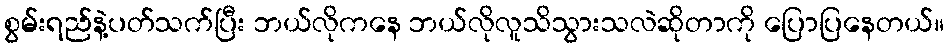
စွမ်းရည်နဲ့ပတ်သက်ပြီး ဘယ်လိုကနေ ဘယ်လိုလူသိသွားသလဲဆိုတာကို ပြောပြနေတယ်။